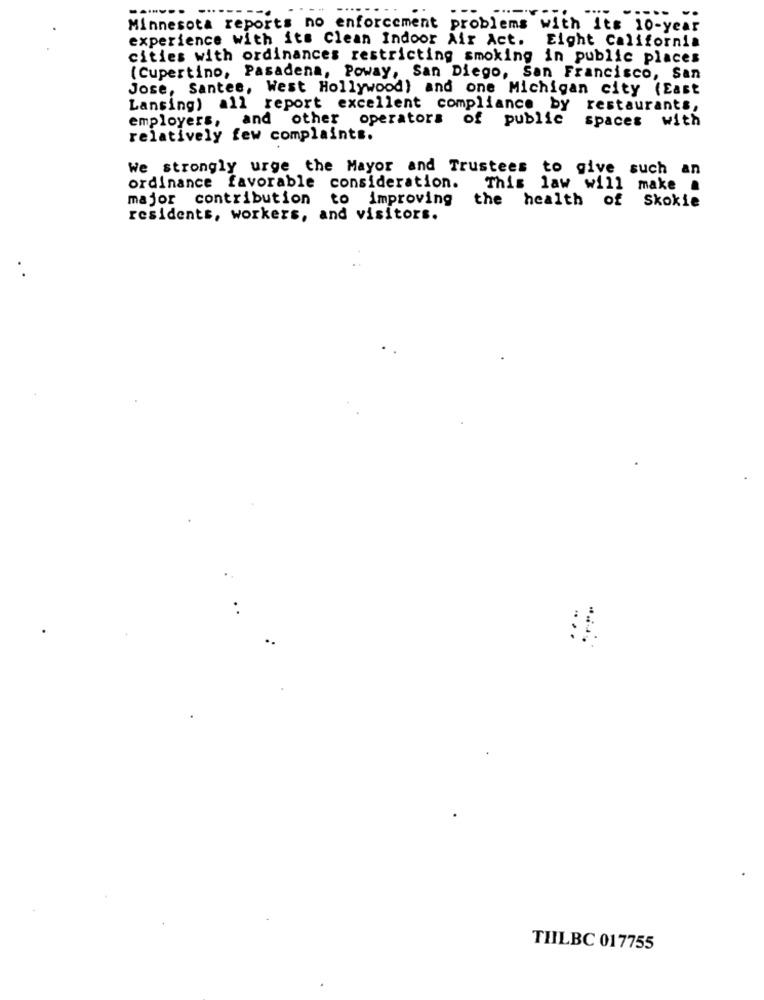
Minnesota reports no enforcement problems with its 10-year
experience with its Clean Indoor Air Act. Eight California
cities with ordinances restricting smoking in public places
(Cupertino, Pasadena, Poway, San Diego, San Francisco, San
Jose, Santee, West Hollywood) and one Michigan city (East
Lansing) all report excellent compliance by restaurants,
employers, and other operators of public
spaces with
relatively few complaints.
We strongly urge the Mayor and Trustees to give such an
ordinance favorable consideration.
This law will make a
major contribution to improving
the health of Skokie
residents, workers, and visitors.
. .
TILBC 017755